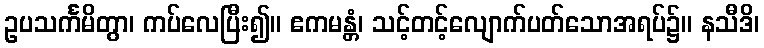
ဥပသင်္ကမိတွာ၊ ကပ်လေပြီး၍။ ဧကမန္တံ၊ သင့်တင့်လျောက်ပတ်သောအရပ်၌။ နသီဒိ၊